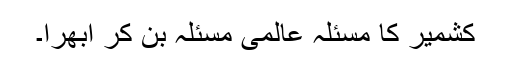
کشمیر کا مسئلہ عالمی مسئلہ بن کر ابھرا۔